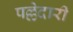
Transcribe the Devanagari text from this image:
पल्लेदारी